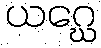
ယဂ္ဃေ